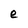
Character: e